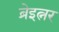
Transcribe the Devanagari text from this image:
ब्रेइत्नर